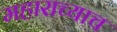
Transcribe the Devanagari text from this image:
महाराच्याच